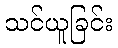
သင်ယူခြင်း